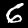
Label: 6